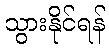
သွားနိုင်ရန်